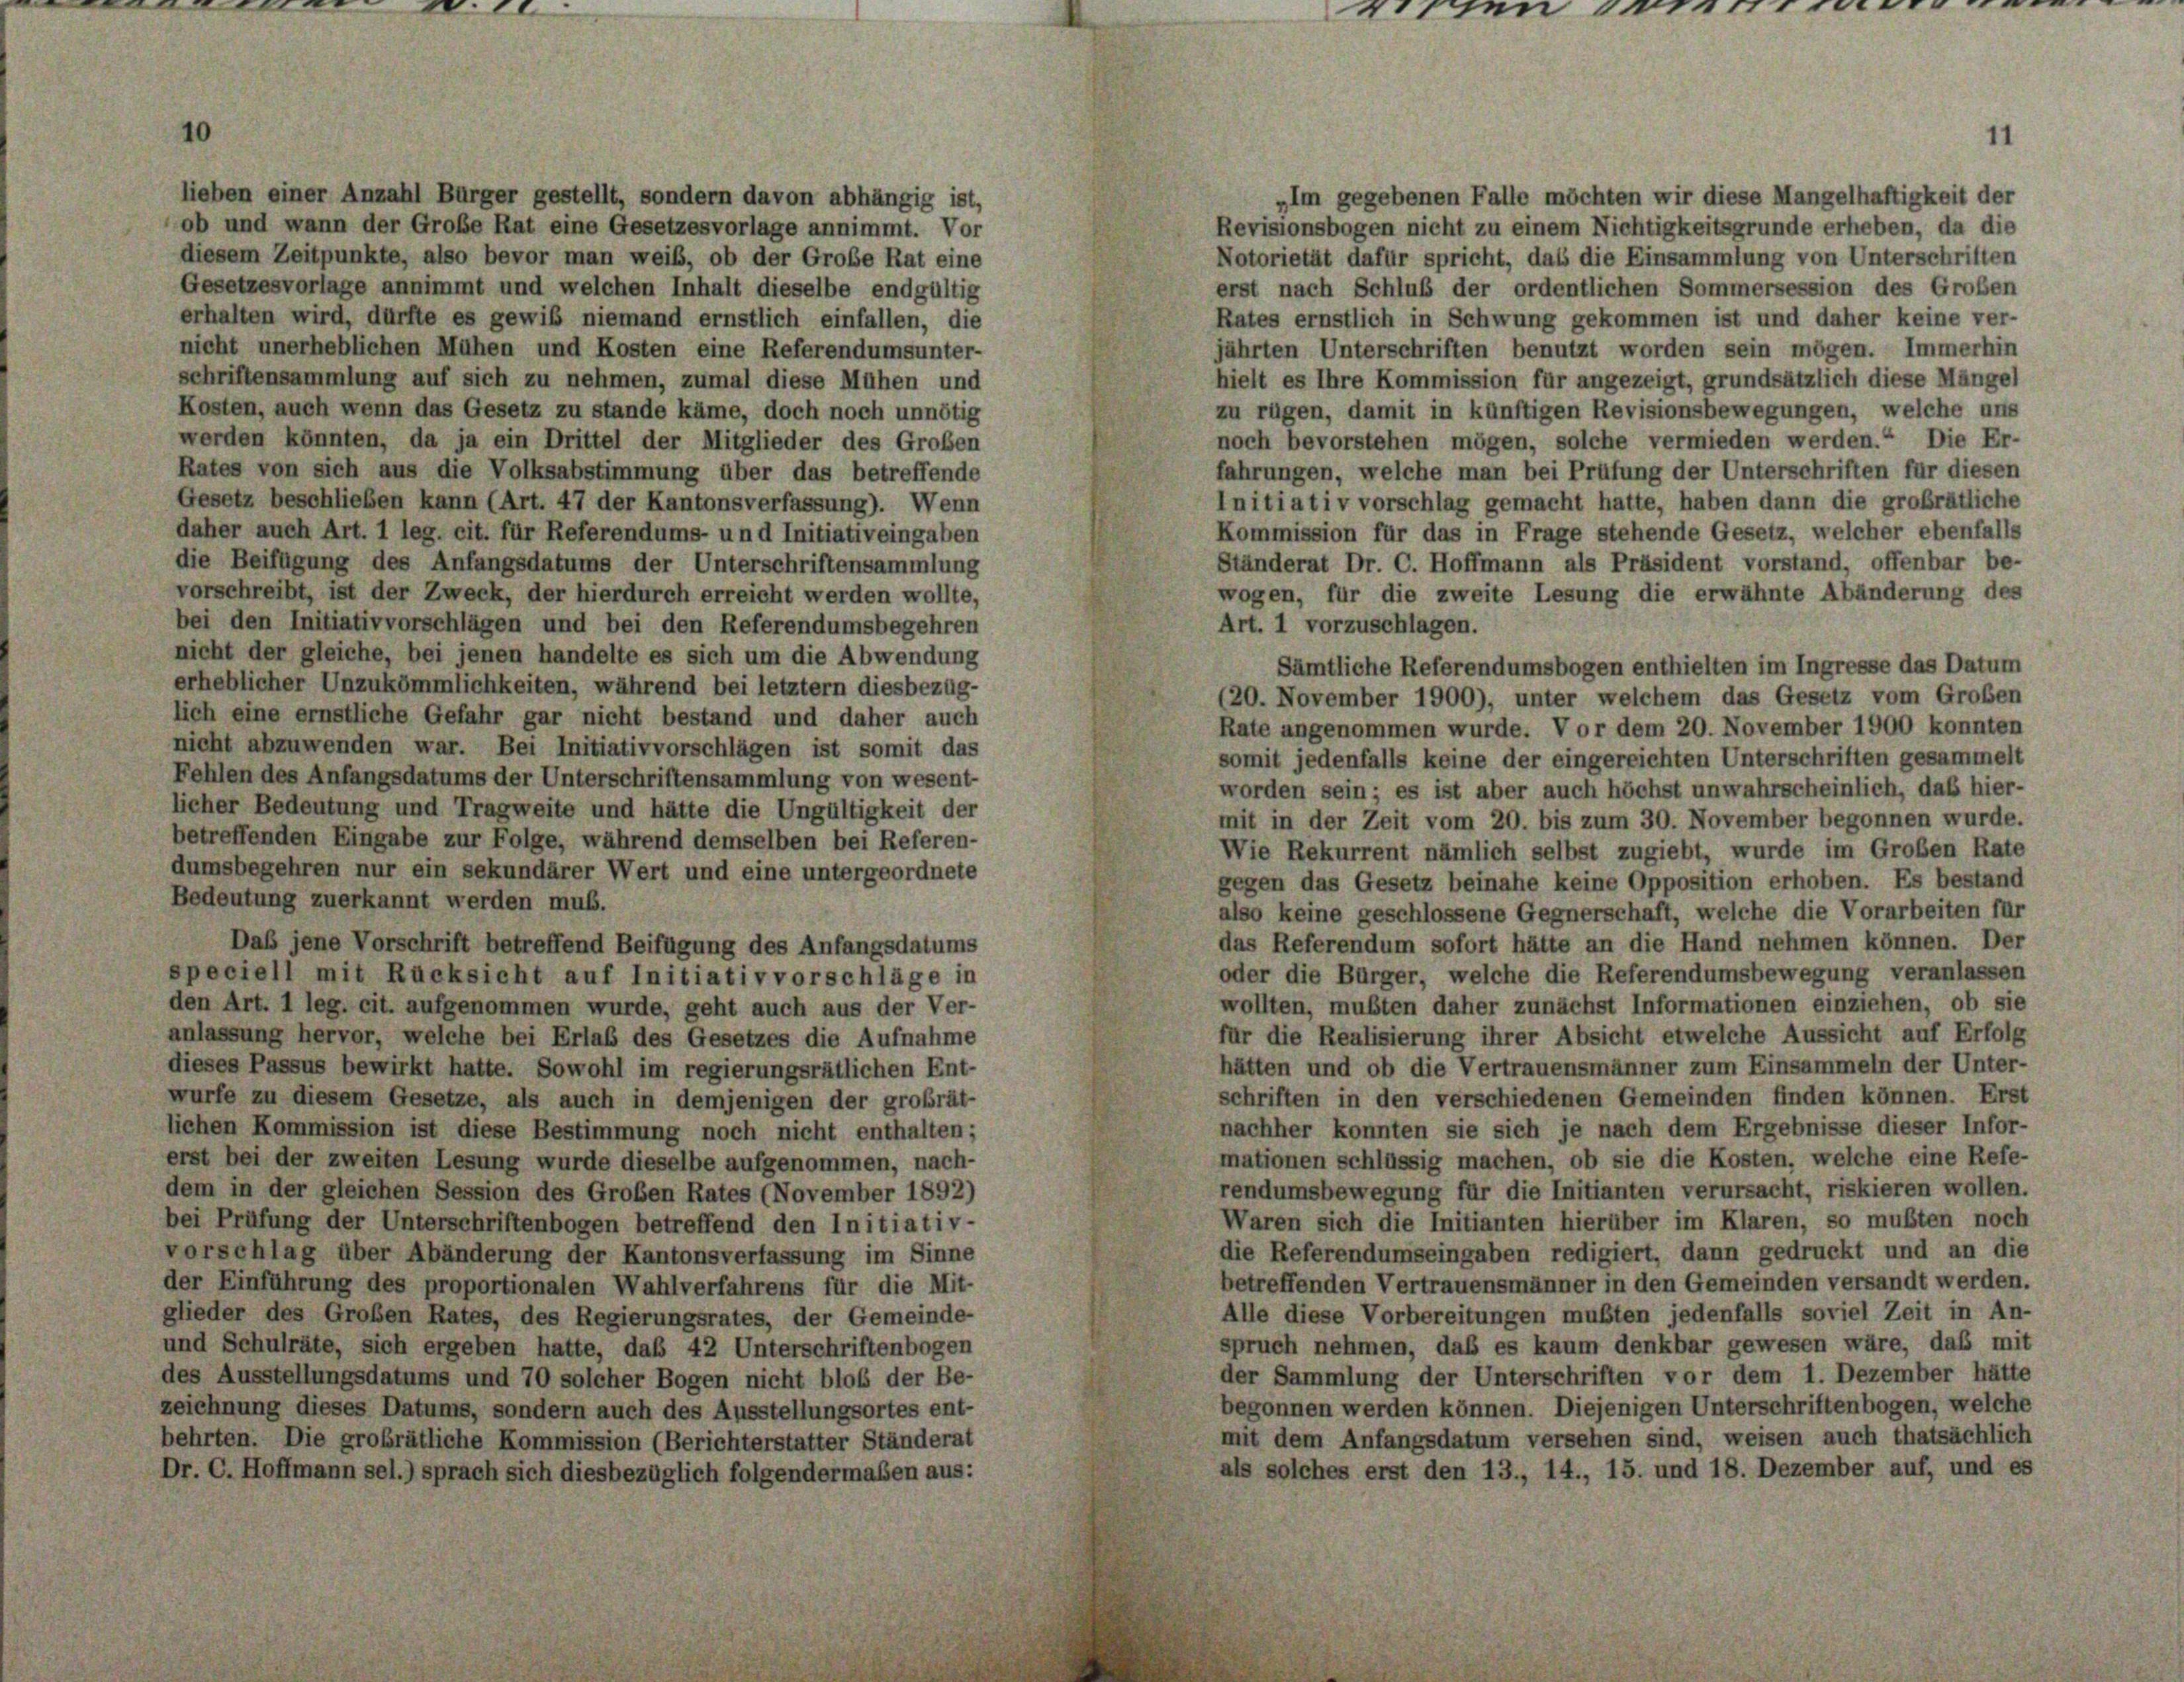
rissen

In tr

lieben einer Anzahl Bürger gestellt, sondern davon abhängig ist,
Im gegebenen Falle möchten wir diese Mangelhaftigkeit der
ob und wann der Große Rat eine Gesetzesvorlage annimmt. Vor
Revisionsbogen nicht zu einem Nichtigkeitsgrunde erheben, da die
diesem Zeitpunkte, also bevor man weib, ob der Große Rat eine
Notorietät dafür spricht, das die Einsammlung von Unterschriften
erst nach Schluß der ordentlichen Sommersession des Großen
Gesetzesvorlage annimmt und welchen Inhalt dieselbe endgültig
erhalten wird, dürfte es gewiß niemand ernstlich einfallen, die
Rates ernstlich in Schwung gekommen ist und daher keine ver-
nicht unerheblichen Mühen und Kosten eine Referendumsunter-
jährten Unterschriften benutzt worden sein mögen. Immerhin
hielt es Ihre Kommission für angezeigt, grundsätzlich diese Mängel
schriftensammlung auf sich zu nehmen, zumal diese Mühen und
Kosten, auch wenn das Gesetz zu stande käme, doch noch unnötig
zu rügen, damit in künftigen Revisionsbewegungen, welche uns
noch bevorstehen mögen, solche vermieden werden.“ Die Er-
werden könnten, da ja ein Drittel der Mitglieder des Großen
fahrungen, welche man bei Prüfung der Unterschriften für diesen
Rates von sich aus die Volksabstimmung über das betreffende
Initiativ vorschlag gemacht hatte, haben dann die großrätliche
Gesetz beschlieben kann (Art. 47 der Kantonsverfassung). Wenn
daher auch Art. 1 leg. cit. für Referendums- und Initiativeingaben
Kommission für das in Frage stehende Gesetz, welcher ebenfalls
Ständerat Dr. C. Hoffmann als Präsident vorstand, offenbar be-
die Beifügung des Anfangsdatums der Unterschriftensammlung
vorschreibt, ist der Zweck, der hierdurch erreicht werden wollte,
wogen, für die zweite Lesung die erwähnte Abänderung des
bei den Initiativvorschlägen und bei den Referendumsbegehren
Art. 1 vorzuschlagen.
nicht der gleiche, bei jenen handelte es sich um die Abwendung
Sämtliche Referendumsbogen enthielten im Ingresse das Datum
erheblicher Unzukömmlichkeiten, während bei letztem diesbezüg-
(20. November 1900), unter welchem das Gesetz vom Großen
lich eine ernstliche Gefahr gar nicht bestand und daher auch
Rate angenommen wurde. Vor dem 20. November 1900 konnten
nicht abzuwenden war. Bei Initiativvorschlägen ist somit das
somit jedenfalls keine der eingereichten Unterschriften gesammelt
Fehlen des Anfangsdatums der Unterschriftensammlung von wesent-
worden sein; es ist aber auch höchst unwahrscheinlich, daß hier-
licher Bedeutung und Tragweite und hätte die Ungültigkeit der
mit in der Zeit vom 20. bis zum 30. November begonnen wurde.
betreffenden Eingabe zur Folge, während demselben bei Referen-
Wie Rekurrent nämlich selbst zugiebt, wurde im Großen Rate
dumsbegehren nur ein sekundärer Wert und eine untergeordnete
gegen das Gesetz beinahe keine Opposition erhoben. Es bestand
Bedeutung zuerkannt werden muß.
also keine geschlossene Gegnerschaft, welche die Vorarbeiten für
das Referendum sofort hätte an die Hand nehmen können. Der
Daß jene Vorschrift betreffend Beifügung des Anfangsdatums
oder die Bürger, welche die Referendumsbewegung veranlassen
speciell mit Rücksicht auf Initiativvorschläge in
wollten, mußten daher zunächst Informationen einziehen, ob sie
den Art. 1 leg. cit. aufgenommen wurde, geht auch aus der Ver-
für die Realisierung ihrer Absicht etwelche Aussicht auf Erfolg
anlassung hervor, welche bei Erlab des Gesetzes die Aufnahme
hätten und ob die Vertrauensmänner zum Einsammeln der Unter-
dieses Passus bewirkt hatte. Sowohl im regierungsrätlichen Ent-
schriften in den verschiedenen Gemeinden finden können. Erst
würfe zu diesem Gesetze, als auch in demjenigen der großrät-
nachher konnten sie sich je nach dem Ergebnisse dieser Infor-
lichen Kommission ist diese Bestimmung noch nicht enthalten;
mationen schlüssig machen, ob sie die Kosten, welche eine Refe-
erst bei der zweiten Lesung wurde dieselbe aufgenommen, nach-
rendumsbewegung für die Initianten verursacht, riskieren wollen.
dem in der gleichen Session des Großen Rates (November 1892)
Waren sich die Initianten hierüber im Klaren, so mußten noch
bei Prüfung der Unterschriftenbogen betreffend den Initiativ-
die Referendumseingaben redigiert, dann gedruckt und an die
vorschlag über Abänderung der Kantonsverfassung im Sinne
betreffenden Vertrauensmänner in den Gemeinden versandt werden.
der Einführung des proportionalen Wahlverfahrens für die Mit-
Alle diese Vorbereitungen mußten jedenfalls soviel Zeit in An-
glieder des Großen Rates, des Regierungsrates, der Gemeinde-
spruch nehmen, daß es kaum denkbar gewesen wäre, daß mit
und Schulräte, sich ergeben hatte, daß 42 Unterschriftenbogen
der Sammlung der Unterschriften vor dem 1. Dezember hätte
des Ausstellungsdatums und 70 solcher Bogen nicht bloß der Be-
begonnen werden können. Diejenigen Unterschriftenbogen, welche
zeichnung dieses Datums, sondern auch des Ausstellungsortes ent-
mit dem Anfangsdatum versehen sind, weisen auch thatsächlich
behrten. Die großrätliche Kommission (Berichterstatter Ständerat
als solches erst den 13., 14., 15. und 18. Dezember auf, und es
Dr. C. Hoffmann sel.) sprach sich diesbezüglich folgendermaßen aus: